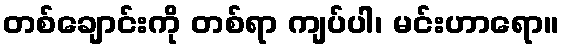
တစ်ချောင်းကို တစ်ရာ ကျပ်ပါ၊ မင်းဟာရော။